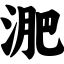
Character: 淝